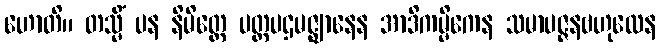
ဟောတိ။ တသ္မိံ ပန နိမိတ္တေ ပတ္တပဌမဇ္ဈာနေန အာဒိကမ္မိကေန သမာပဇ္ဇနဗဟုလေန